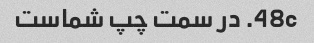
48c. در سمت چپ شماست